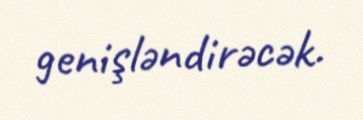
genişləndirəcək.